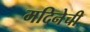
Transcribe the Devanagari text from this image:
मदिनेची